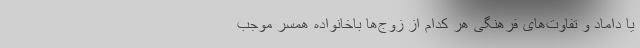
یا داماد و تفاوت‌های فرهنگی هر کدام از زوج‌ها باخانواده همسر موجب